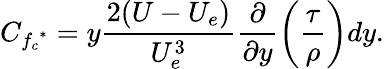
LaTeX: C_{{f_{c}}^{*}}=y\frac{2(U-U_{e})}{U_{e}^{3}}\frac{\partial}{\partial y}\bigg(\frac{\tau}{\rho}\bigg)dy.